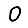
Digit: 0